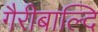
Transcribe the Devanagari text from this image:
गैरीबाल्दि